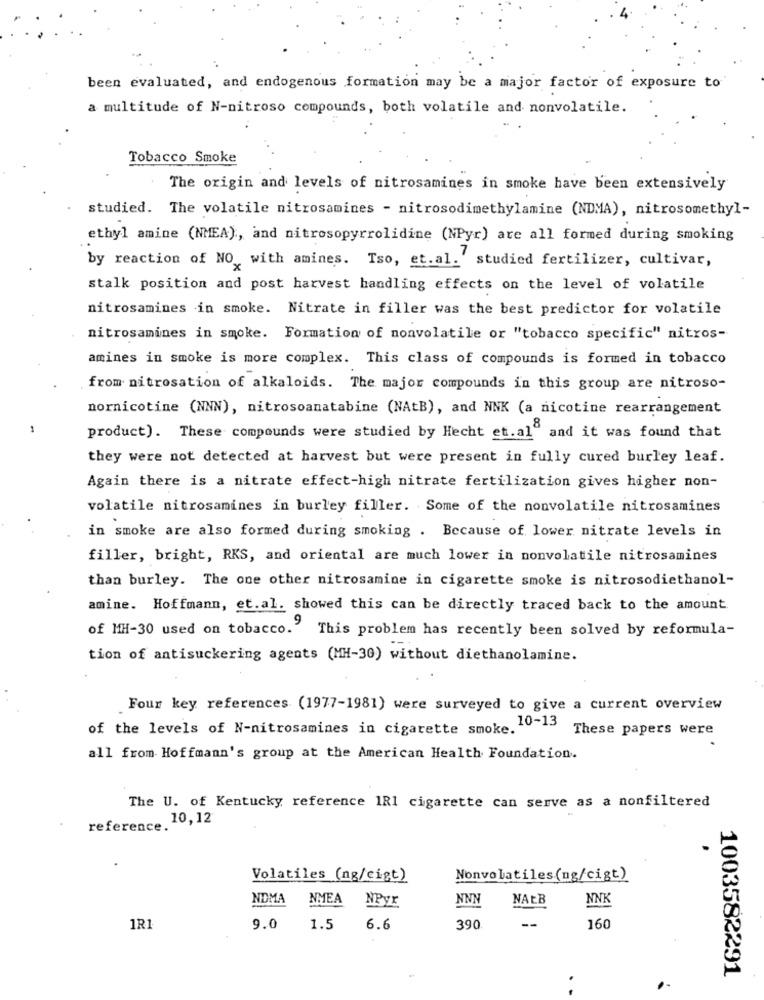
been evaluated, and endogenous formation may be a major factor of exposure to
a multitude of N-nitroso compounds, both volatile and nonvolatile.
Tobacco Smoke
The origin and levels of nitrosamines in smoke have been extensively
studied. The volatile nitrosamines - nitrosodimethylamine (NDMA), nitrosomethyl-
ethyl amine (NMEA), and nitrosopyrrolidine (NPyr) are all formed during smoking
by reaction of NO,with amines. Tso, et.al.' studied fertilizer, cultivar,
stalk position and post harvest handling effects on the level of volatile
nitrosamines in smoke. Nitrate in filler was the best predictor for volatile
. nitrosamines in smoke. Formation of nonvolatile or "tobacco specific" nitros-
amines in smoke is more complex. This class of compounds is formed in tobacco
from nitrosation of alkaloids. The major compounds in this group are nitroso-
nornicotine (NNN), nitrosoanatabine (NAtB), and NNK (a nicotine rearrangement
product). These compounds were studied by Hecht et.al" and it was found that
they were not detected at harvest but were present in fully cured burley leaf.
Again there is a nitrate effect-high nitrate fertilization gives higher non-
volatile nitrosamines in burley filler. Some of the nonvolatile nitrosamines
in smoke are also formed during smoking . Because of lower nitrate levels in
filler, bright, RKS, and oriental are much lower in nonvolatile nitrosamines
than burley. The one other nitrosamine in cigarette smoke is nitrosodiethanol-
amine. Hoffmann, et.al. showed this can be directly traced back to the amount
of MH-30 used on tobacco." This problem has recently been solved by reformula-
tion of antisuckering agents (MH-30) without diethanolamine.
Four key references (1977-1981) were surveyed to give a current overview
of the levels of N-nitrosamines in cigarette smoke. 10-13
These papers were
all from Hoffmann's group at the American Health Foundation.
The U. of Kentucky reference 1R1 cigarette can serve as a nonfiltered
reference. 10,12
Volatiles (ng/cigt)
Nonvolatiles(ng/cigt)
NDMA
NMEA
NPyr
NNN
NAEB
NNK
--
1R1
9.0
1.5
6.6
390
160
1003582291